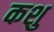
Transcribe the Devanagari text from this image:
कशु